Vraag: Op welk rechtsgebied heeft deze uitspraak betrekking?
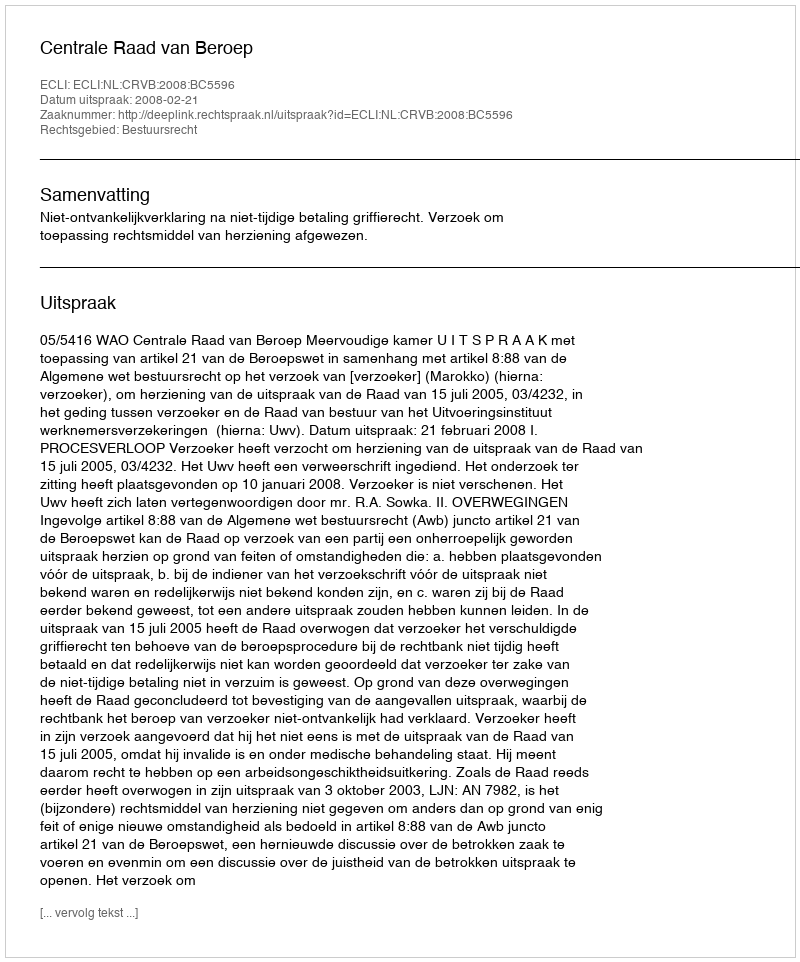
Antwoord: Bestuursrecht